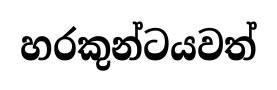
හරකුන්ටයවත්